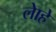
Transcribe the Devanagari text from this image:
लेाहे